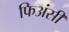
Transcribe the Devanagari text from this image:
फिअंसी